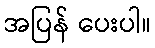
အပြန် ပေးပါ။